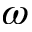
\omega